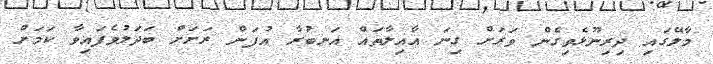
މާލޭގައި ދިރިނޫޅެވިގެން ވަރަށް ގިނަ އާއިލާތައް އަނބުރާ އުފަން ރަށަށް ބަދަލުވެފައިވާ ކަމަށް